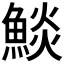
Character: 𩸥